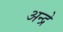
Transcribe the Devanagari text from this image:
अन्द्रे